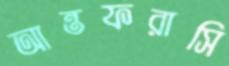
আন্তফরাসি